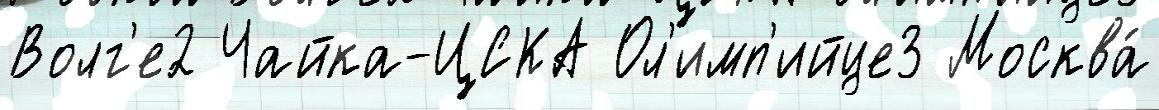
Волг'е2 Чайка-ЦСКА Ол'имп'ийце3 Москва́